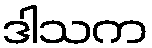
ဒါသက